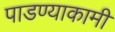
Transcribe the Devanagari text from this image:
पाडण्याकामी